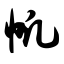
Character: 帆